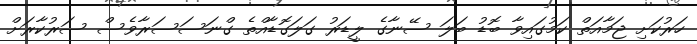
ހަރުކަށި ޖަމާއަތް ކަމުގައިވާ ބޮޑު ބަލަ ސޭނާގެ ލީޑަރު ގަލަގޮޑާއްތެ ގްނަސަސަރާވެސް ސަރުކާރަށް